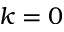
k = 0